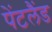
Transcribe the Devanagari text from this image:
पेंटलैंड